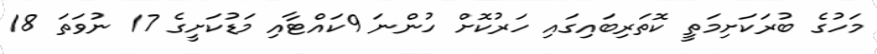
މަހުގެ ބުރަކަށިމަތީ ކޮތަރިބައިގައި ހަރުކޮށް ހުންނަ 9ކައްޓާއި މަޑުކަށީގެ 17 ނުވަތަ 18